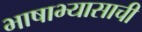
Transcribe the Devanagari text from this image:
भाषाभ्यासाची